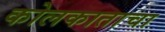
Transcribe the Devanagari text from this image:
कोलकाताचा